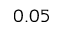
0 . 0 5